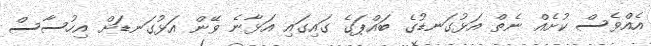
އެއްވެސް ކުށެއް ނެތް އަޅުގަނޑުގެ ބައްޕަގެ ގައިގައި އަޅާނެ ވޭން އަޅުގަނޑަށް އިހުސާސް